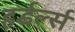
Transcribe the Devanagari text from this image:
हर्डर्ल्स